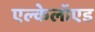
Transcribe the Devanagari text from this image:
एल्केलॉएड